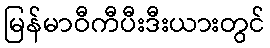
မြန်မာဝီကီပီးဒီးယားတွင်